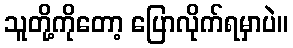
သူတို့ကိုတော့ ပြောလိုက်ရမှာပဲ။